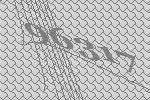
96317